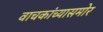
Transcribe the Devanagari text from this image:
वाचकांच्यासमोर